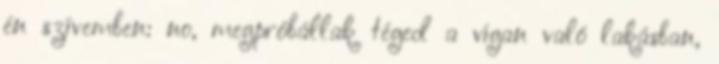
én szívemben: no, megpróbállak téged a vígan való lakásban,